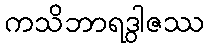
ကသိဘာရဒွါဇဿ